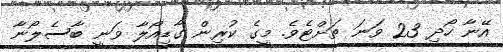
އޭނާ ހޯދި 23 ވަަނަ ތަށްޓެވެ. މީގެ ކުރިން ގާޑިއޯލާ ވަނީ ބާސެލޯނާ